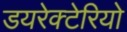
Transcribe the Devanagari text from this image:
डयरेक्टेरियो